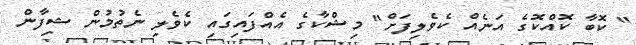
" ކޮބާ ކޮއްކޮގެ އަނެއް ކެވެލިފަށް" މިޝްކާގެ އެއްފައިގައި ކެވެލި ނެތުމުން ޝިފާން